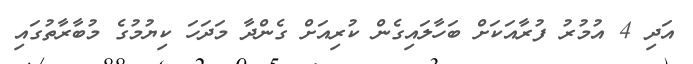
އަދި 4 އުމުރު ފުރާއަކަށް ބަހާލައިގެން ކުރިއަށް ގެންދާ މަދަހަ ކިޔުމުގެ މުބާރާތުގައި